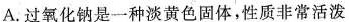
A.过氧化钠是一种淡黄色固体，性质非常活泼